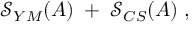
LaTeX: \mathcal { S } _ { Y M } ( A ) \; + \; \mathcal { S } _ { C S } ( A ) \; ,